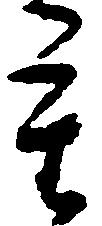
重